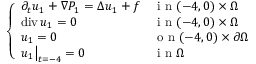
\begin{array} { r } { \left\{ \begin{array} { l l } { \partial _ { t } u _ { 1 } + \nabla P _ { 1 } = \Delta u _ { 1 } + f } & { \mathrm { ~ i ~ n ~ } ( - 4 , 0 ) \times \Omega } \\ { \operatorname { d i v } u _ { 1 } = 0 } & { \mathrm { ~ i ~ n ~ } ( - 4 , 0 ) \times \Omega } \\ { u _ { 1 } = 0 } & { \mathrm { ~ o ~ n ~ } ( - 4 , 0 ) \times \partial \Omega } \\ { u _ { 1 } \bigr \rvert _ { t = - 4 } = 0 } & { \mathrm { ~ i ~ n ~ } \Omega } \end{array} \right. } \end{array}